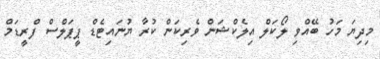
މިދިޔަ މަހު ބޭއްވި ލޯކަލް އިލެކްޝަން ވެރިކަން ކުރާ ޔުނައިޓެޑް ޕީޕަލްސް ފްރީޑަމް